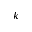
k